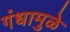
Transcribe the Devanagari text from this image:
गंधामुळे